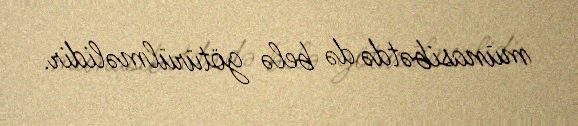
münasibətdə də belə götürülməlidir.